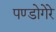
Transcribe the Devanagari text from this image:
पण्डोगेरे